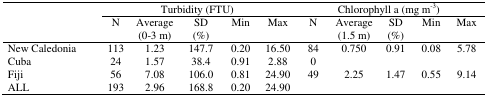
<table><thead><tr><td rowspan="3"></td><td colspan="5"><b>Turbidity (FTU)</b></td><td colspan="5"><b>Chlorophyll a (mg m<sup>-3</sup>)</b></td></tr><tr><td><b>N</b></td><td><b>Average (0-3 m)</b></td><td><b>SD (%)</b></td><td><b>Min</b></td><td><b>Max</b></td><td><b>N</b></td><td><b>Average (1.5 m)</b></td><td><b>SD (%)</b></td><td><b>Min</b></td><td><b>Max</b></td></tr></thead><tbody><tr><td>New Caledonia</td><td>113</td><td>1.23</td><td>147.7</td><td>0.20</td><td>16.50</td><td>84</td><td>0.750</td><td>0.91</td><td>0.08</td><td>5.78</td></tr><tr><td>Cuba</td><td>24</td><td>1.57</td><td>38.4</td><td>0.91</td><td>2.88</td><td>0</td><td></td><td></td><td></td><td></td></tr><tr><td>Fiji</td><td>56</td><td>7.08</td><td>106.0</td><td>0.81</td><td>24.90</td><td>49</td><td>2.25</td><td>1.47</td><td>0.55</td><td>9.14</td></tr><tr><td>ALL</td><td>193</td><td>2.96</td><td>168.8</td><td>0.20</td><td>24.90</td><td></td><td></td><td></td><td></td><td></td></tr></tbody></table>